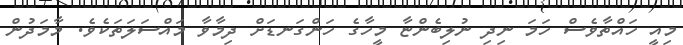
މިއީ ހައްތާވެސް ހަމަ ނިދި ނުލިބެންޏާ މީހާގެ ހަންގަނޑަށް ދިމާވާ މައްސަލަތަކެވެ. މާމަދުން